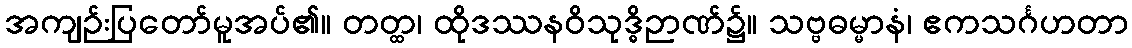
အကျဉ်းပြတော်မူအပ်၏။ တတ္ထ၊ ထိုဒဿနဝိသုဒ္ဓိဉာဏ်၌။ သဗ္ဗဓမ္မာနံ၊ ဧကသင်္ဂဟတာ